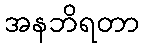
အနဘိရတာ